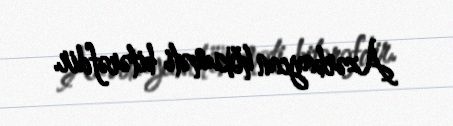
Azərbaycan hökuməti bitərəfdir.